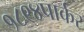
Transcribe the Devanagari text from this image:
१८९४पार्कर